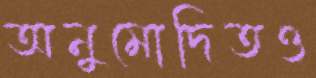
অনুমোদিতও